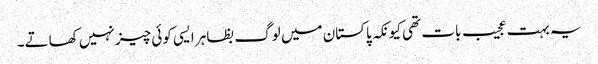
یہ بہت عجیب بات تھی کیونکہ پاکستان میں لوگ بظاہر ایسی کوئی چیز نہیں کھاتے۔